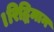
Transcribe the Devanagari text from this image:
।रिद्धिमान